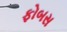
ફોબસ